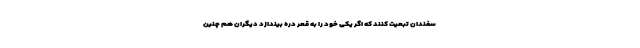
سفندان تبعیت کنند که اگر یکی خود را به قعر دره بیندازد دیگران هم چنین